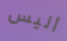
أليس